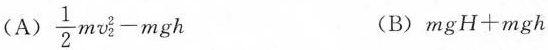
(A)$$\frac { 1 } { 2 } m v _ { 2 } ^ { 2 } - m g h$$ (B)$$m g H + m g h )$$